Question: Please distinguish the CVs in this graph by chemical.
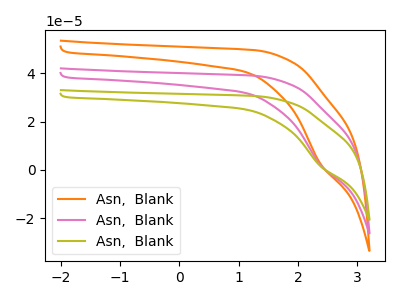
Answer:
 <answer>The orange curve is labeled "Asn,  Blank1". The pink curve is labeled "Asn,  Blank2". The olive curve is labeled "Asn,  Blank3".</answer>
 <eval></eval>